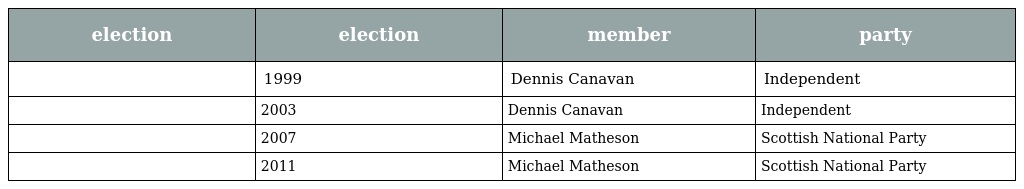
| election | election | member | party |
 | --- | --- | --- | --- |
 |  | 1999 | Dennis Canavan | Independent |
 |  | 2003 | Dennis Canavan | Independent |
 |  | 2007 | Michael Matheson | Scottish National Party |
 |  | 2011 | Michael Matheson | Scottish National Party |